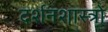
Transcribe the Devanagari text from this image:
दर्शनशास्त्रो